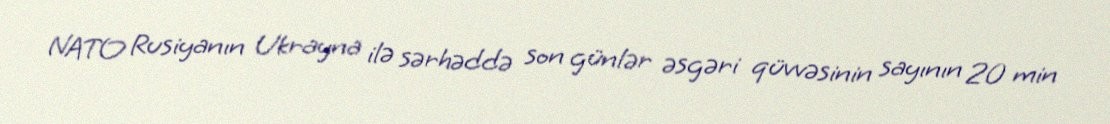
NATO Rusiyanın Ukrayna ilə sərhəddə son günlər əsgəri qüvvəsinin sayının 20 min